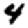
Digit: 4